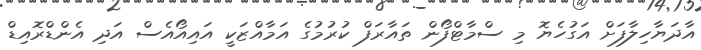
އާދަޔާހިލާފަށް އަގުހެޔޮ މި ސްމާޓްފޯން ތައާރަފް ކުރުމުގެ އަމާއްޒަކީ އައިއޯއެސް އަދި އެންޑްރޮއިޑް